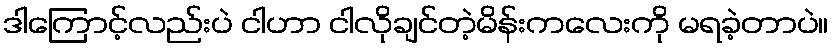
ဒါကြောင့်လည်းပဲ ငါဟာ ငါလိုချင်တဲ့မိန်းကလေးကို မရခဲ့တာပဲ။